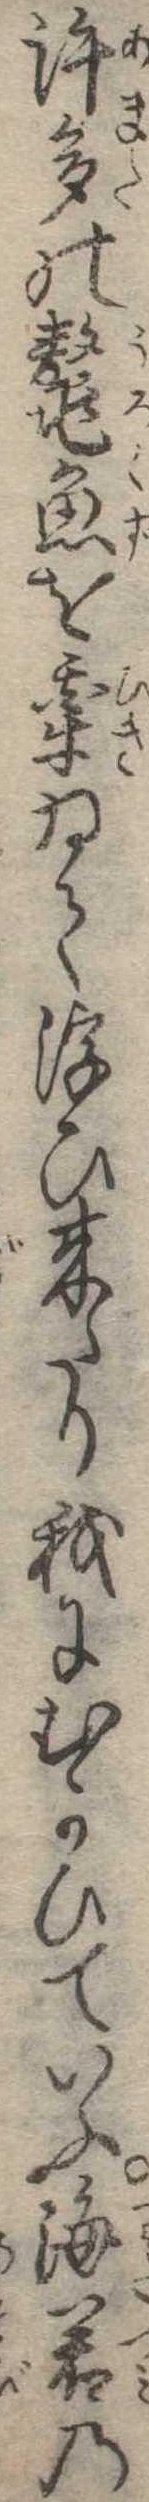
許多の鼇魚を牽ゐて浮ひ来たり我にむかひていふ海若の